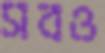
সবও